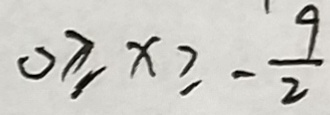
0 \geq x \geq - \frac { 9 } { 2 }